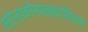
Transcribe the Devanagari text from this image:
सोलाकोनपल्लवारियार